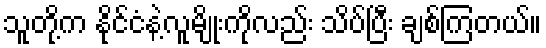
သူတို့က နိုင်ငံနဲ့လူမျိုးကိုလည်း သိပ်ပြီး ချစ်ကြတယ်။